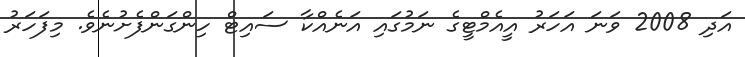
އަދި 2008 ވަނަ އަހަރު އީއެމްޓީގެ ނަމުގައި އަނެއްކާ ސައިޓް ހިންގަންފެށުނެވެ. މިފަހަރު